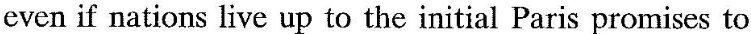
even if nations live up to the initial Paris promises to